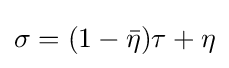
\sigma =(1-{\bar {\eta }})\tau +\eta